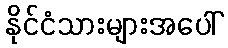
နိုင်ငံသားများအပေါ်